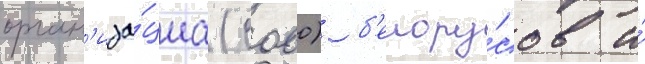
орган'иза́циа (сооо) б'елору́сов и́